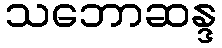
သဘောဆန္ဒ